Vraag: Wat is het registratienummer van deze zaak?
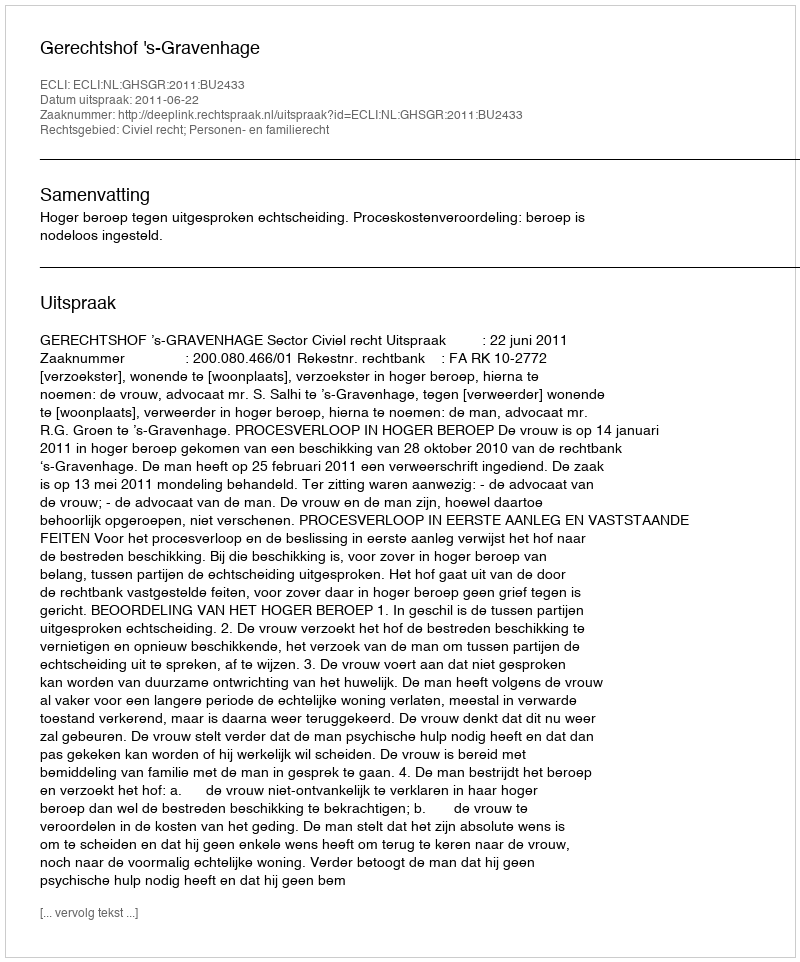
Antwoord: http://deeplink.rechtspraak.nl/uitspraak?id=ECLI:NL:GHSGR:2011:BU2433